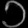
Digit: ၁